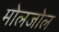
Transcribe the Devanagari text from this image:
मोलजोल